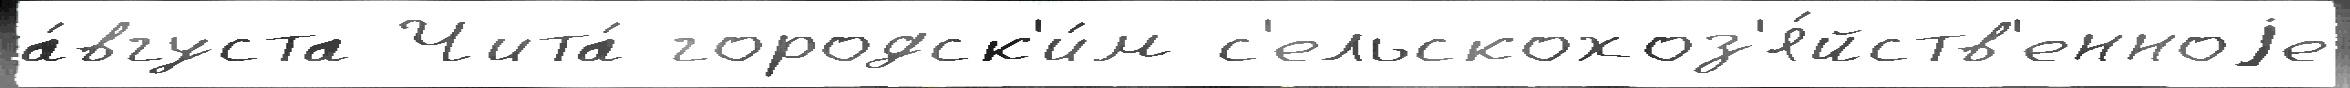
а́вгуста Чита́ городск'и́м с'ельскохоз'я́йств'енноjе